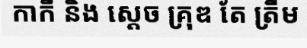
កាកី និង ស្តេច គ្រុឌ តែ ត្រឹម